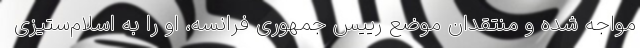
مواجه شده و منتقدان موضع رییس جمهوری فرانسه، او را به اسلام‌ستیزی